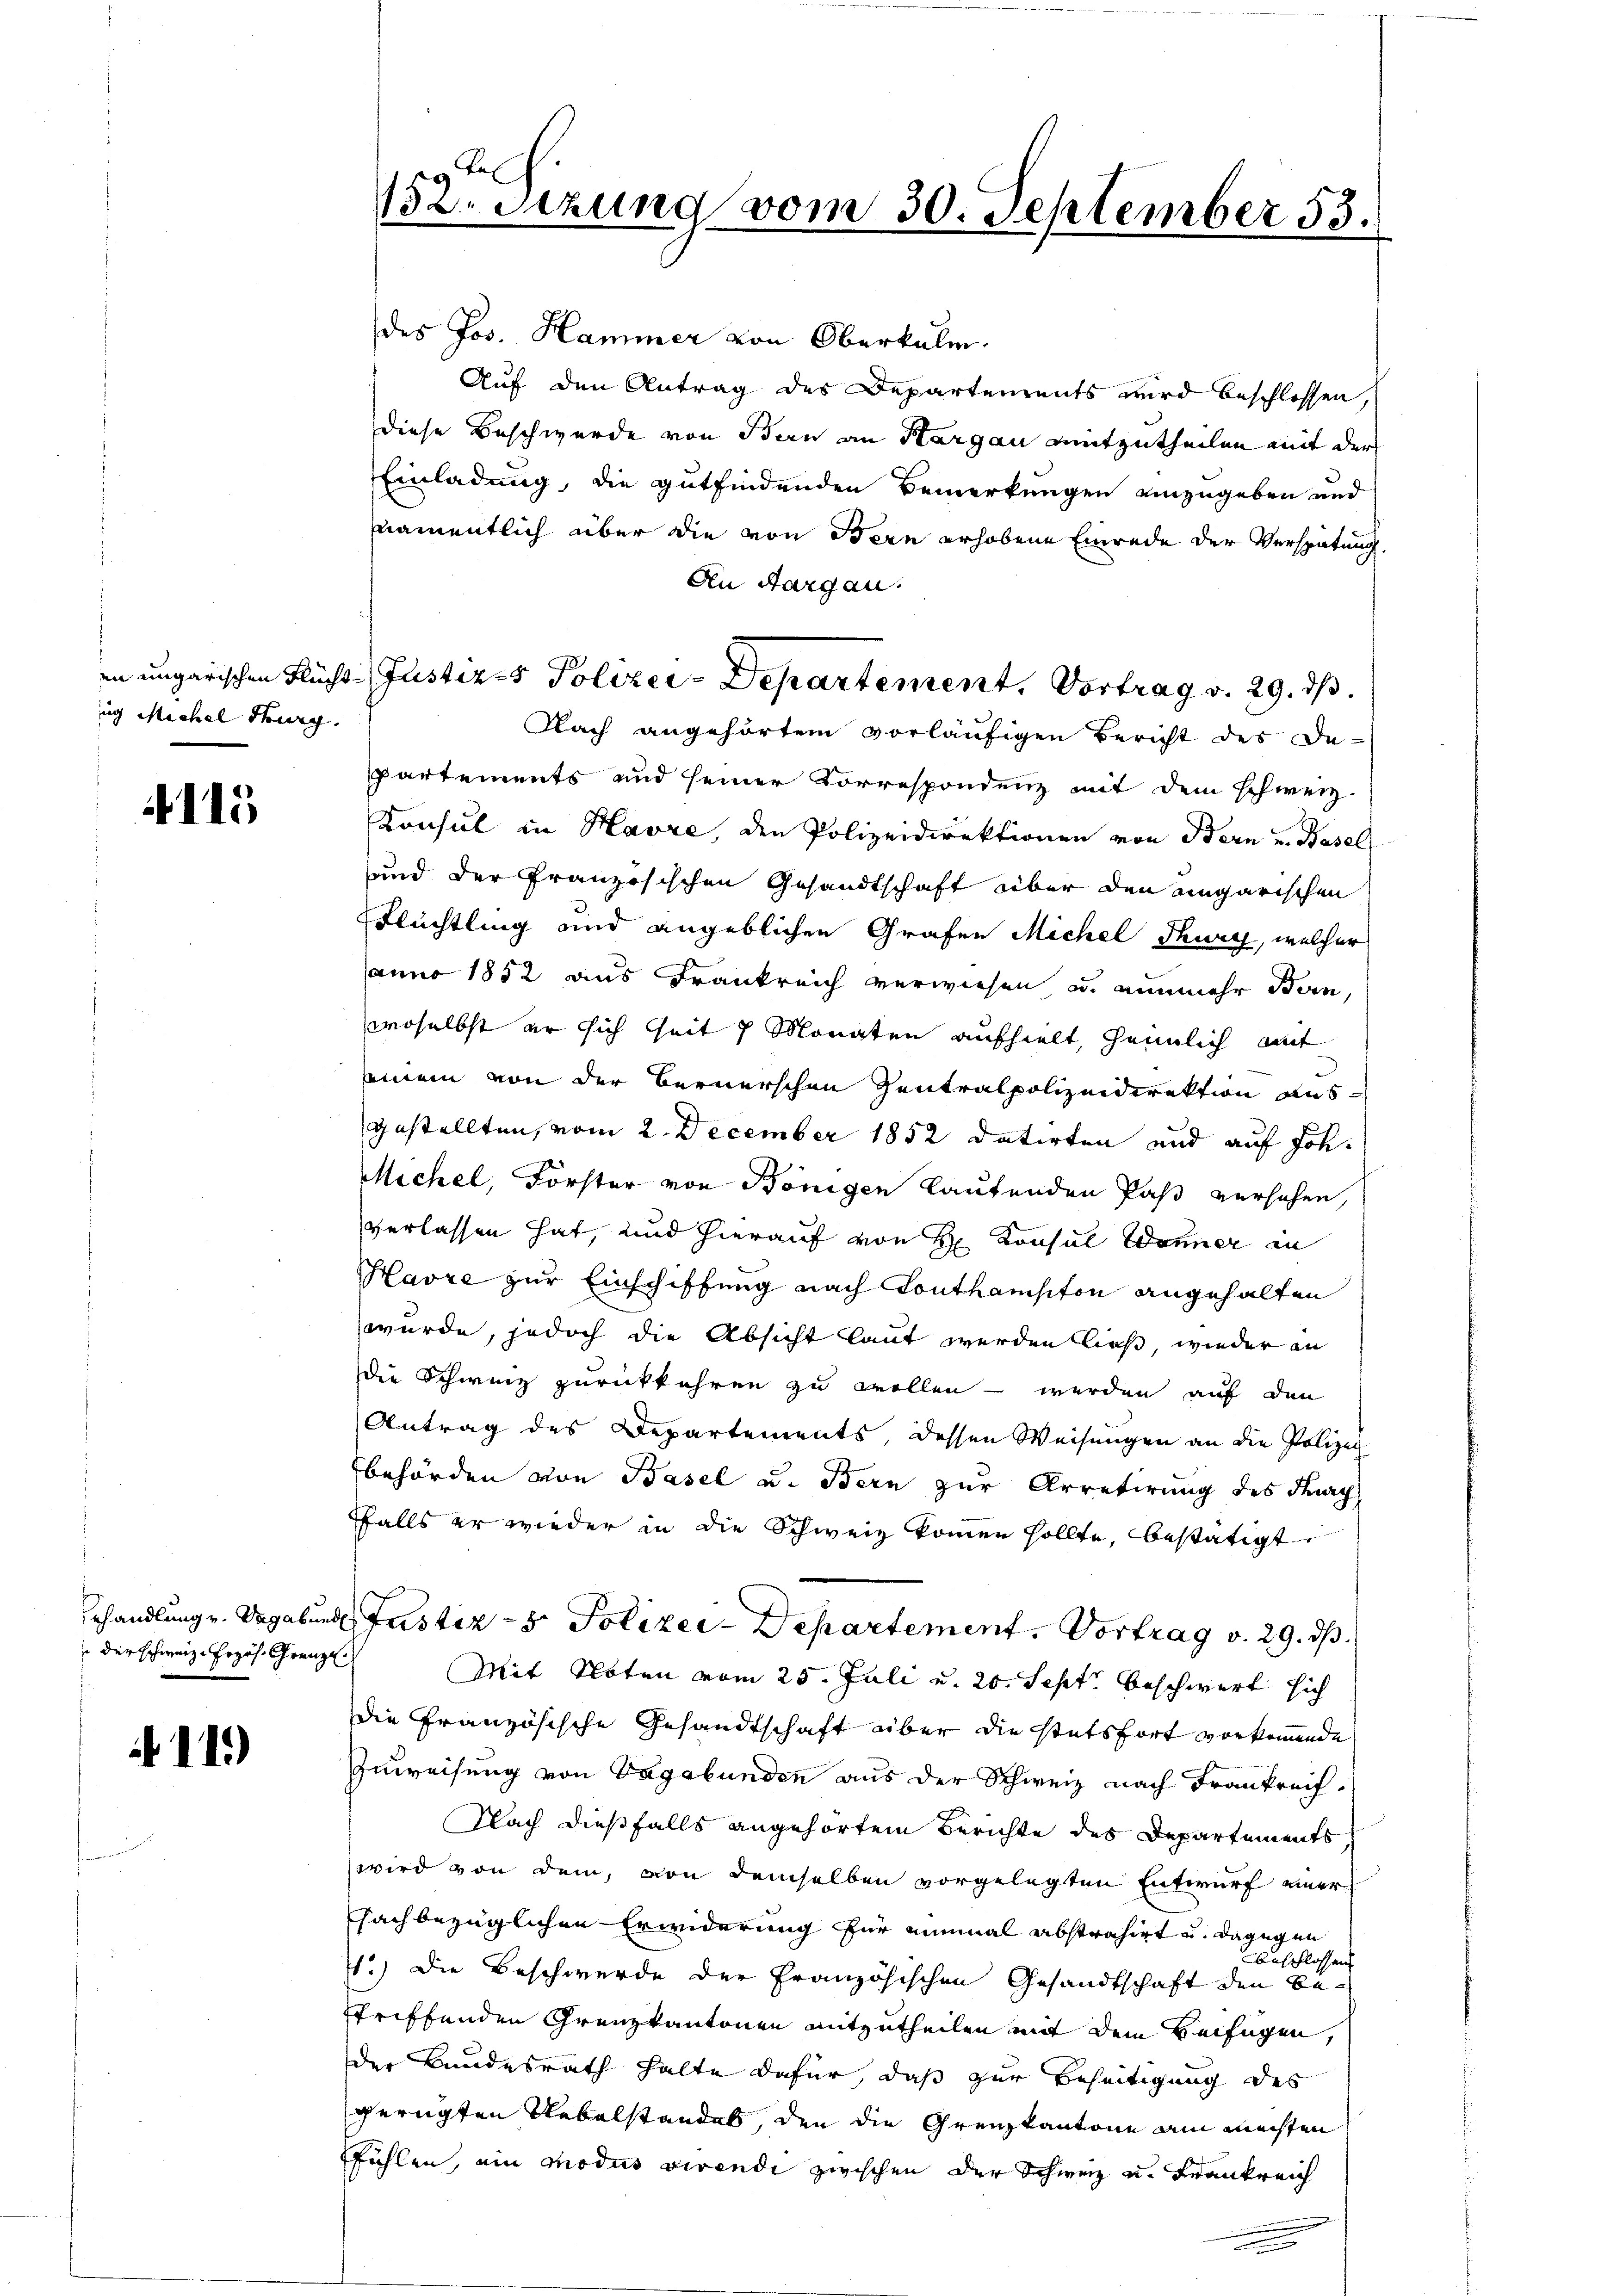
ug Michel Thurg.

115

der schweiz. Przös. Grenze

11)

des Jos. Hammer von Oberkulm.
Auf den Antrag des Departements wird beschlossen,
diese Beschwerde von Bern an Hargau mitzutheilen mit der
Einladung, die gutfindenden Bemerkungen einzugeben und
namentlich aber die von Bern erhobene Einrede der Verspätung.
An Aargau.
Nach angehörtem vorläufigen Bericht des De-
partements und seiner Korrespondenz mit dem schweiz.
Konsul in Havre, den Polizeidirektionen von Bern und Basel
und der Französischen Gesandtschaft über den eingarischen
Flüchtling und angeblichen Grafen Michel Thury, welcher
anno 1852 aus Frankreich verwiesen u. nunmehr Bern,
woselbst er sich seit 7 Monaten aufhielt, heimlich mit
inein von der Bernerschen Zentralpolizeidirektion ausgestellten, vom 2. December 1852 datirten und auf Joh.
Michel, Forster von Bönigen laufenden Paß versehen,
verlassen hat, und hierauf von H. Konsul Wonner in
Havre zur Einschiffung nach Touthamsiton angehalten
wurde, jedoch die Absicht laut werden ließ, wieder an
die Schweiz zurückkehren zu wollen – werden auf den
Antrag des Departements, dessen Weisŭngen an die Polizei
behörden von Basel u. Bern zur Arretirung des Tag
ffalls er wieder in die Schweiz kommen sollte, bestätigt
Behandlung u. Vagabunde Justiz- & Polizer-Departement. Vortrag v. 29. ds.
Mit Kloten vom 25. Juli u. 20. Sept. beschwert sich
Die Französische Gesandtschaft über die stetsfort vorkommende
Zuweisung von Vagabunden aus der Schweiz nach Frankreich
Nach dießfalls angehörtem Berichte des Departements
wird von dem, von demselben vorgelegten Entwurf einer
sachbezüglichen Erwiderung für einmal abstrahirt u. dagegen
Beschlossen
1.) Die Beschwerde der Französischen Gesandtschaft den Betriffenden Grenzkantonen mitzutheilen mit dem Beifügen,
der Bundesrath halte dafür, daß zur Beseitigung des
gerügten Uebelstandels, den die Grenzkantone am meisten
fühlen, ein modus dirende zwischen der Schweiz u. Frankreich

132. Setzung vom 30. September 53.

in ungarischen Flüchte Justiz- Polizei-Departement. Vortrag v. 29. ds.